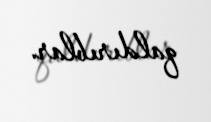
qaldırıblar.